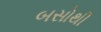
બસોથી